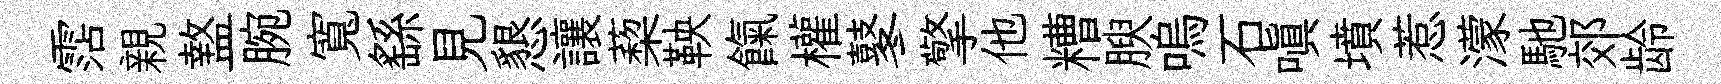
霑親盩腕寬繇見懇讓蔾鞅餼權鼕擎他糟腴嗚石嗔墳惹濛馳郊龄